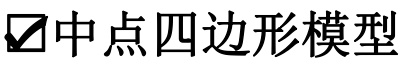
$\boxed{\checkmark}\text{中点四边形模型}$